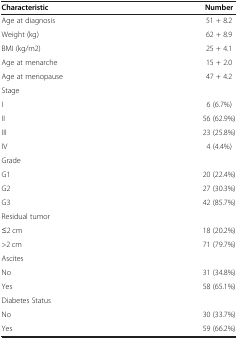
<table><thead><tr><td><b>Characteristic</b></td><td><b>Number</b></td></tr></thead><tbody><tr><td>Age at diagnosis</td><td>51 + 8.2</td></tr><tr><td>Weight (kg)</td><td>62 + 8.9</td></tr><tr><td>BMI (kg/m2)</td><td>25 + 4.1</td></tr><tr><td>Age at menarche</td><td>15 + 2.0</td></tr><tr><td>Age at menopause</td><td>47 + 4.2</td></tr><tr><td>Stage</td><td>[EMPTY_CELL]</td></tr><tr><td>I</td><td>6 (6.7%)</td></tr><tr><td>II</td><td>56 (62.9%)</td></tr><tr><td>III</td><td>23 (25.8%)</td></tr><tr><td>IV</td><td>4 (4.4%)</td></tr><tr><td>Grade</td><td>[EMPTY_CELL]</td></tr><tr><td>G1</td><td>20 (22.4%)</td></tr><tr><td>G2</td><td>27 (30.3%)</td></tr><tr><td>G3</td><td>42 (85.7%)</td></tr><tr><td>Residual tumor</td><td>[EMPTY_CELL]</td></tr><tr><td>≤2 cm</td><td>18 (20.2%)</td></tr><tr><td>&gt;2 cm</td><td>71 (79.7%)</td></tr><tr><td>Ascites</td><td>[EMPTY_CELL]</td></tr><tr><td>No</td><td>31 (34.8%)</td></tr><tr><td>Yes</td><td>58 (65.1%)</td></tr><tr><td>Diabetes Status</td><td>[EMPTY_CELL]</td></tr><tr><td>No</td><td>30 (33.7%)</td></tr><tr><td>Yes</td><td>59 (66.2%)</td></tr></tbody></table>